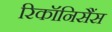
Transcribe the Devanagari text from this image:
रिकॉनिसैंस